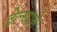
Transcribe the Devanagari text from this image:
तेल्याने